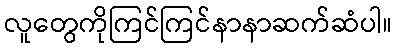
လူတွေကိုကြင်ကြင်နာနာဆက်ဆံပါ။